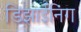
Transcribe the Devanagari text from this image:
डिझाईनिंग